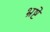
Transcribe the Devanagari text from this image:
भ्रष्टे